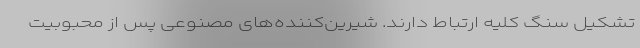
تشکیل سنگ کلیه ارتباط دارند. شیرین‌کننده‌های مصنوعی پس از محبوبیت